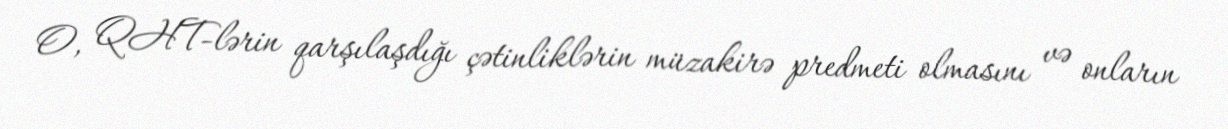
O, QHT-lərin qarşılaşdığı çətinliklərin müzakirə predmeti olmasını və onların